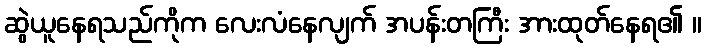
ဆွဲယူနေရသည်ကိုက လေးလံနေလျက် အပန်းတကြီး အားထုတ်နေရ၏ ။